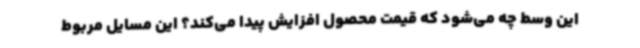
این وسط چه می‌شود که قیمت محصول افزایش پیدا می‌کند؟ این مسایل مربوط